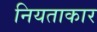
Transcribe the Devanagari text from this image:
नियताकार